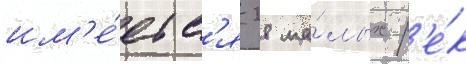
им'е́етс'я 28 ма́лых р'е́к